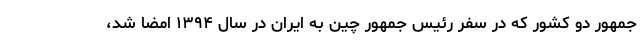
جمهور دو کشور که در سفر رئیس جمهور چین به ایران در سال ۱۳۹۴ امضا شد،